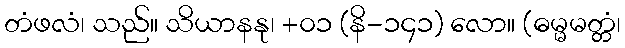
တံဖလံ၊ သည်။ သိယာနနု၊ +၀၁ (နိ-၁၄၁) လော။ (ဓမ္မမတ္တံ၊